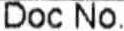
DOC NO.